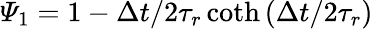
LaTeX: {{\varPsi}_{1}}=1-{\Delta t}/{2{{\tau}_{r}}\coth\left({\Delta t}/{2{{\tau}_{r}}}\right)}